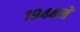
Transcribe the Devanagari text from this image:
१९४४में